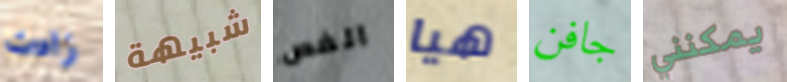
زادت شبيهة الفص هيا جافن يمكنني